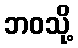
ဘဝသို့